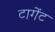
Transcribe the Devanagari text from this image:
टागेंट